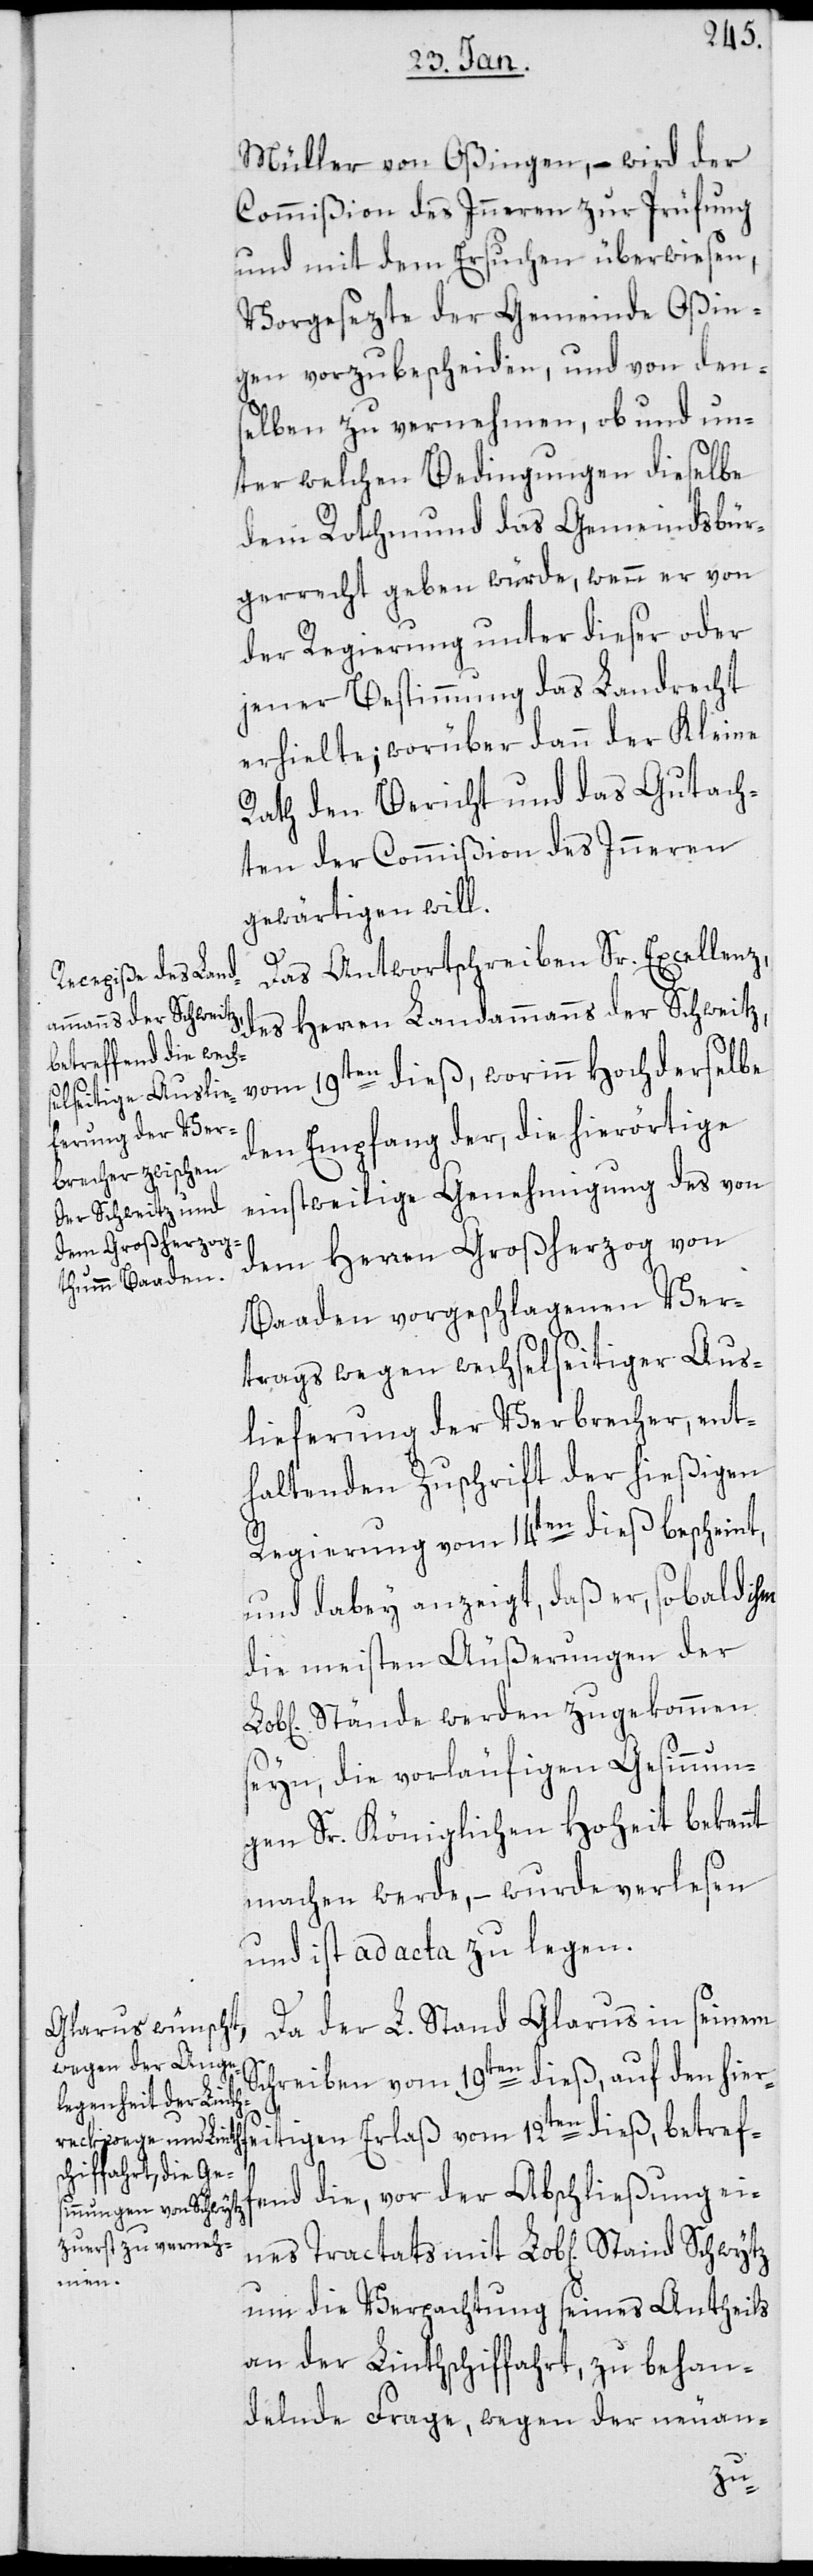
Müller von Oßingen, – wird der
Commißion des Inneren zur Prüfung
und mit dem Ersuchen überwiesen,
Vorgesezte der Gemeinde Oßin¬
gen vorzubescheiden, und von den¬
selben zu vernehmen, ob und un¬
ter welchen Bedingungen dieselbe
dem Rothmund das Gemeindsbür¬
gerrecht geben würde, wenn er von
der Regierung unter dieser oder
jener Bestimmung das Landrecht
erhielte; worüber dann der Kleine
Rath den Bericht und das Gutach¬
ten der Commißion des Inneren
gewärtigen will.
Das Antwortschreiben Sr. Excelenz,
des Herren Landammanns der Schweitz,
vom 19ten dieß, worinn Hochderselbe
den Empfang der, die hierörtige
einstweilige Genehmigung des von
dem Herren Großherzog von
Baaden vorgeschlagenen Ver¬
trags wegen wechselseitiger Aus¬
lieferung der Verbrecher, ent¬
haltenden Zuschrift der hießigen
Regierung vom 14ten dieß bescheint,
und dabey anzeigt, daß er, sobald
die meisten Äußerungen der
Stände werden zugekommen
seyn, die vorläufigen Gesinnun¬
gen Sr. Königlichen Hoheit bekannt
machen werde, – wurde verlesen
und ist ad acta zu legen.
Da der L. Stand Glarus in seinem
gen
Schreiben vom 19ten dieß, auf den hier¬
end die, vor der Abschließung eines
betreff¬
um die Verpachtung seines Antheils
an der Linthschiffahrt, zu behan¬
delnde Frage, wegen der neuan-